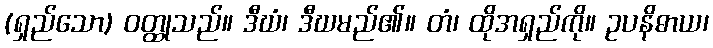
(ရှည်သော) ဝတ္ထုသည်။ ဒီဃံ၊ ဒီဃမည်၏။ တံ၊ ထိုအရှည်ကို။ ဥပနိဓာယ၊